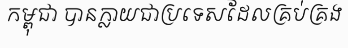
កម្ពុជា បានក្លាយជាប្រទេសដែលគ្រប់គ្រង